Scottish Leaving Certificate Examination, 1961
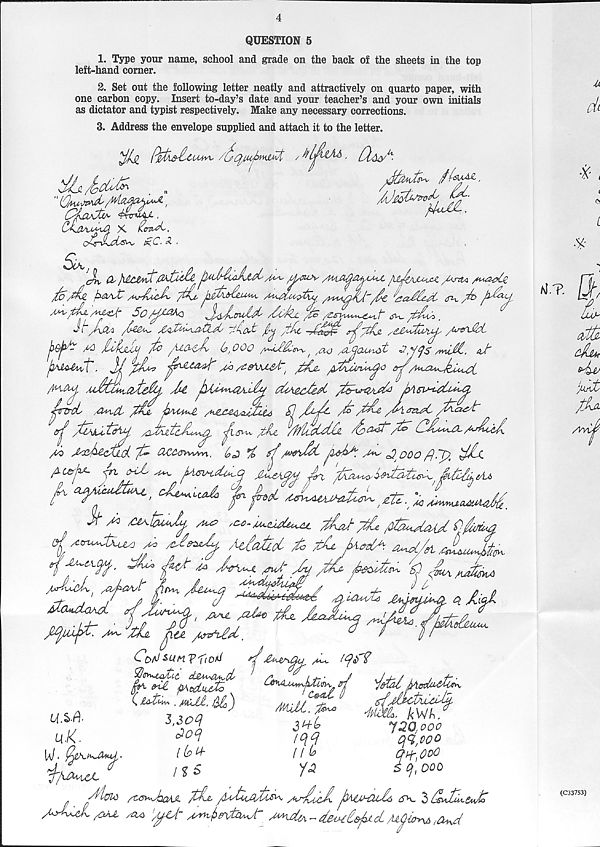
QUESTION 5
1. Type your name, school and grade on the back of the sheets in the top
left-hand corner.
2. Set out the following letter neatly and attractively on quarto paper, with
one carbon copy. Insert to-day’s date and your teacher’s and your own initials
as dictator and typist respectively. Make any necessary corrections.
3. Address the envelope supplied and attach it to the letter.
c/-g-xL^cL&^ tz.C ■
Sa,
ci
/U^ /j/cusv /puia^a^u, /
/$C
AMsftL'syizJr 5o/^M
JsdLvM' /vkc
Sic /fxPiA
/tf\C
j^oj^ ^
(& 1 000 /wwc^^ijvv ^ ^x<j /tZ^CUs/i&C o?,y(Js Ani^y. aJt
fiAj^t. J/fiL? ^te<W"
IrcrcL
fiL,
/K&i&uU^jii Q,
A/hteu?C
^ A^utd^ xAiltcA^
C(At ^/f/LdAtU Apfrat'A^ (^A^A./Alc<zJi
A j^AzcmcL A ^^Hvvn,
^
/A&dky
o? ddo rp. AA
A A ^taiAJy AU? AC^Cldu^C
J*
/tAatloL A p/u
^4 JLuM^
AA Juyir p
aU'
/A jfeoAts^ a>
/ut&^
/
^AucLclaaL
t;.
IcuAd
T
^ ^ f ^
^ ^
u.l<.
U/.. tf
Aluid /CO^hoAX
AyAyA
/cla
CotJ sunT'fiorf
^s^uXlc, ctgMy&A^cL
ftp
fAxiuXfc
( IoXA . wx£l. Ola)
l.soq
c^O^j
i (d u~
/ % $
/<*-*, ^a) $
si
7&tdl iped/AtliX
JAb
JQQooo
ic\Q
qq,voo
l / ^
c?a ooo
p
s CjA 00
s^~ 3 AAma-cAo